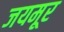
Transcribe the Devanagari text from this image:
जयमूर